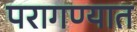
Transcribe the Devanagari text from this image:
परागण्यात